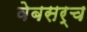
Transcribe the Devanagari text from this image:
वेबसर्च